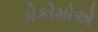
ડોકોમોએ